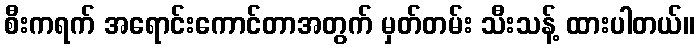
စီးကရက် အရောင်းကောင်တာအတွက် မှတ်တမ်း သီးသန့် ထားပါတယ်။